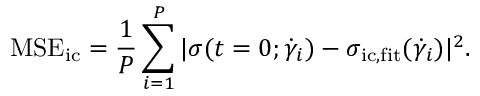
\mathrm { M S E _ { \mathrm { i c } } } = \frac { 1 } { P } \sum _ { i = 1 } ^ { P } | \sigma ( t = 0 ; \dot { \gamma } _ { i } ) - \sigma _ { \mathrm { i c , f i t } } ( \dot { \gamma } _ { i } ) | ^ { 2 } .